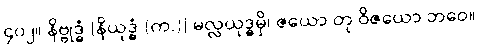
၄၀၂။ နိဗ္ဗုဒ္ဓံ [နိယုဒ္ဓံ (က.)] မလ္လယုဒ္ဓမှိ၊ ဇယော တု ဝိဇယော ဘဝေ။